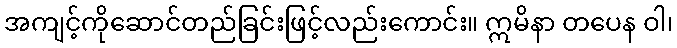
အကျင့်ကိုဆောင်တည်ခြင်းဖြင့်လည်းကောင်း။ ဣမိနာ တပေန ဝါ၊